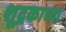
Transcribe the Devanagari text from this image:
शूद्रकाच्या